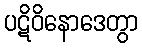
ပဋိဝိနောဒေတွာ